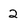
Character: 2